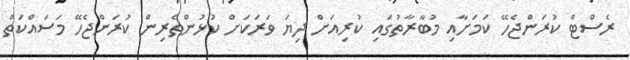
ރެސްޓް ކުރަންޖެހޭ ކަމަށާއި މުބާރާތުގައި ކުރިއަށް ދިޔަ ވަރަކަށް ކުޅުންތެރިން ކުރަންޖެހޭ މަސައްކަތް